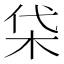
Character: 柋